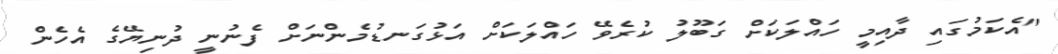
"އެކަމުގައި ދާއިމީ ހައްލަކަށް ގަބޫލު ކުރެވޭ ހައްލަކަށް އަޅުގަނޑުމެންނަށް ފެނުނީ ދުނިޔޭގެ އެހެން